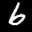
Label: 6